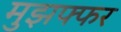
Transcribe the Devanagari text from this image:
मुझफ्फर